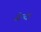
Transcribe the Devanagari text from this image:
सेन्दा